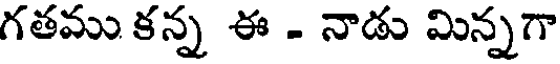
గతము కన్న ఈ - నాడు మిన్నగా